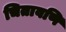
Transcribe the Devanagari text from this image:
चितावणि